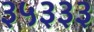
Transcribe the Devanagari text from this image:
३५३३३